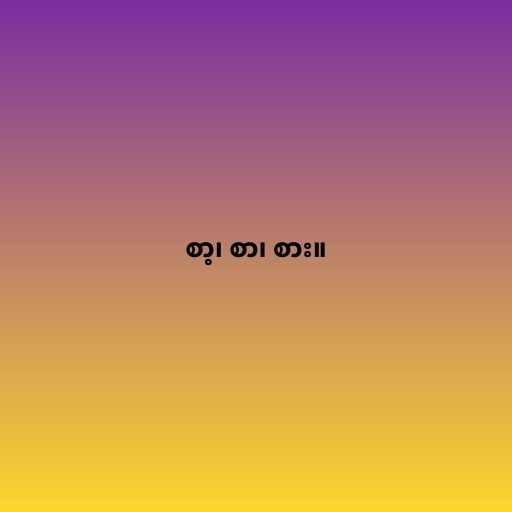
စာ့၊ စာ၊ စား။